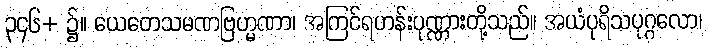
၃၄၆+ ၌။ ယေတေသမဏဗြဟ္မဏာ၊ အကြင်ရဟန်းပုဏ္ဏားတို့သည်။ အယံပုရိသပုဂ္ဂလော၊